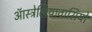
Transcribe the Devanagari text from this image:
ऑस्ट्रेलियावासियों